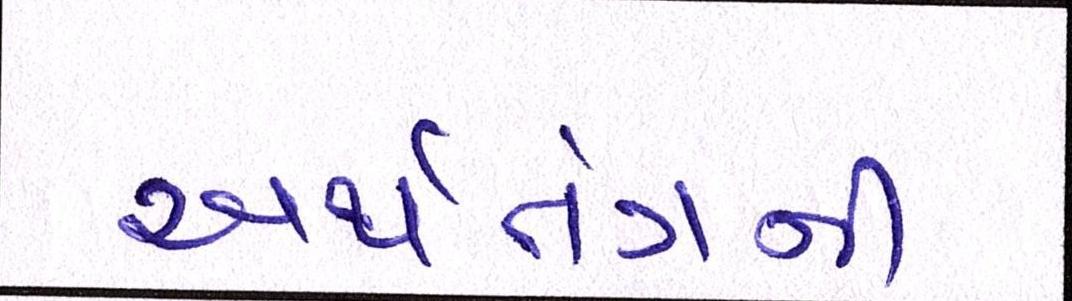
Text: અર્થતંત્રની